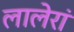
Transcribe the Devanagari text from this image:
लालेरां